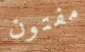
مفتون